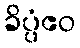
ခိပ္ပံဧဝ